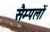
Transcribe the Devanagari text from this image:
सैम्पलों